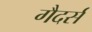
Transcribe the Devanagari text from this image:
गैदर्स